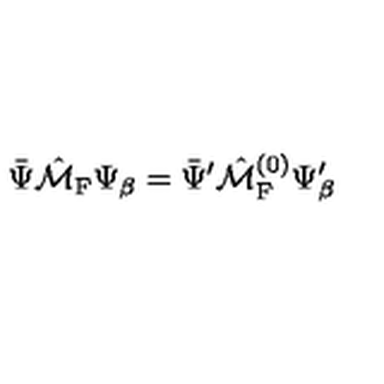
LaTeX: \bar { \Psi } \hat { \cal M } _ { \mathrm { F } } \Psi _ { \beta } = \bar { \Psi } ^ { \prime } \hat { \cal M } _ { \mathrm { F } } ^ { ( 0 ) } \Psi _ { \beta } ^ { \prime }